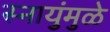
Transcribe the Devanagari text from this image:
स्नायुंमुळे